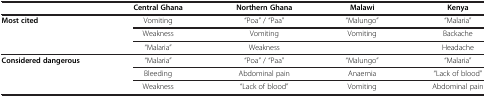
|  | Central Ghana | Northern Ghana | Malawi | Kenya |
 | --- | --- | --- | --- | --- |
 | Most cited | Vomiting | “Poa” / “Paa” | “Malungo” | “Malaria” |
 |  | Weakness | Vomiting | Vomiting | Backache |
 |  | “Malaria” | Weakness |  | Headache |
 | Considered dangerous | “Malaria” | “Poa” / “Paa” | “Malungo” | “Malaria” |
 |  | Bleeding | Abdominal pain | Anaemia | “Lack of blood” |
 |  | Weakness | “Lack of blood” | Vomiting | Abdominal pain |